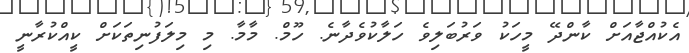
އެކުއްޖާއަށް ކާންދޭ މީހަކު ވަރުބަލިވެ ހަލާކުވެދާނެ. ހޫމް. މާމާ. މި މިލަފުނިތަކަށް ކީއްކުރާނީ